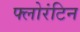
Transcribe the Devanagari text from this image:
फ्लोरंटिन